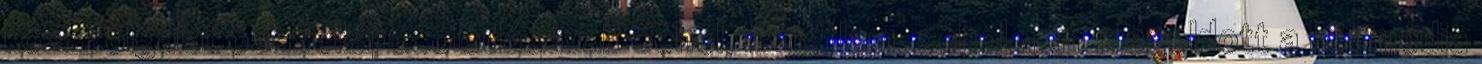
közszolgálat összekapcsolódásával. Sehol, ismétlem, sehol nem megoldott a közmédia